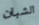
الشبان